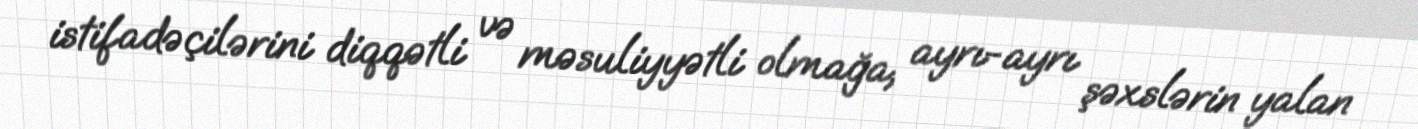
istifadəçilərini diqqətli və məsuliyyətli olmağa, ayrı-ayrı şəxslərin yalan